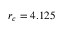
r _ { c } = 4 . 1 2 5